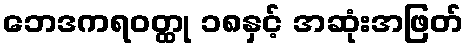
ဘေဒကရဝတ္ထု ၁၈နှင့် အဆုံးအဖြတ်